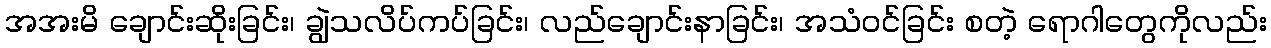
အအးမိ ချောင်းဆိုးခြင်း၊ ချွဲသလိပ်ကပ်ခြင်း၊ လည်ချောင်းနာခြင်း၊ အသံဝင်ခြင်း စတဲ့ ရောဂါတွေကိုလည်း